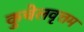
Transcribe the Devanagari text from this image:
कुचेलवृत्तम